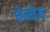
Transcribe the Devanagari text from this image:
मेनकेन